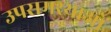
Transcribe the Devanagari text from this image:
उपसमस्याओं